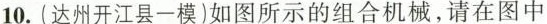
10.(达州开江县一模)如图所示的组合机械，请在图中